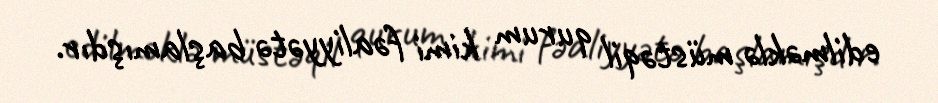
edilməklə müstəqil qurum kimi fəaliyyətə başlamışdır.